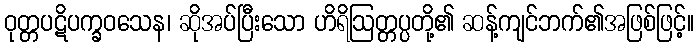
ဝုတ္တပဋိပက္ခဝသေန၊ ဆိုအပ်ပြီးသော ဟိရိဩတ္တပ္ပတို့၏ ဆန့်ကျင်ဘက်၏အဖြစ်ဖြင့်။